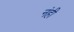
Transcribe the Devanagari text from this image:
नंही